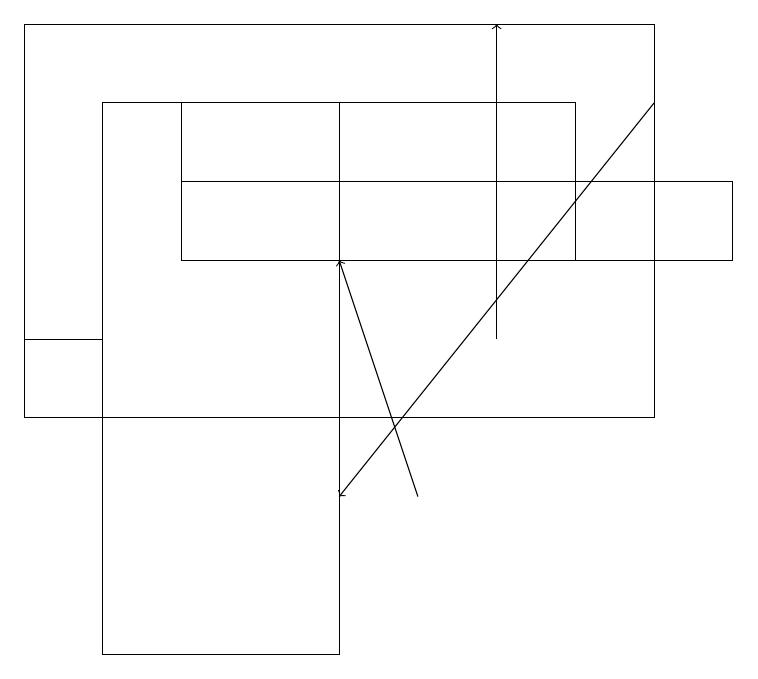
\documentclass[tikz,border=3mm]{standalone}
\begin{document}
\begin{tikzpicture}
\draw[->] (6,14) -- (6,18);
\draw[->] (8,17) -- (4,12);
\draw (2,16) rectangle (9,15);
\draw (8,18) rectangle (0,13);
\draw[->] (5,12) -- (4,15);
\draw (1,13) rectangle (0,14);
\draw (2,17) rectangle (7,15);
\draw (4,17) rectangle (1,10);
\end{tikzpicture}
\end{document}